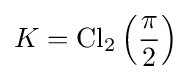
K=\operatorname {Cl} _{2}\left({\frac {\pi }{2}}\right)